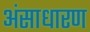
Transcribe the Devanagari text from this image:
अंसाधारण